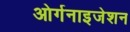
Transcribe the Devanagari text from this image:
ओर्गनाइजेशन